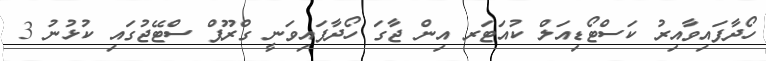
ހޯދާފައިވާއިރު ކަސްޓޯޑިއަލް ކުއަޓަރ އިން ޖާގަ ހޯދާފައިވަނީ ގްރޫޕް ސްޓޭޖުގައި ކުޅުނު 3